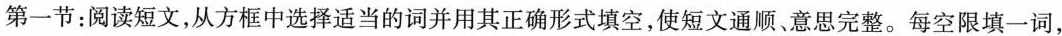
第一节:阅读短文,从方框中选择适当的词并用其正确形式填空,使短文通顺、意思完整.每空限填一词,